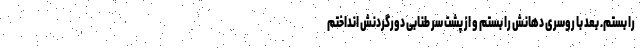
را بستم. بعد با روسری دهانش را بستم و از پشت سر طنابی دورگردنش انداختم